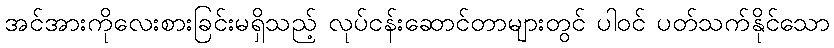
အင်အားကိုလေးစားခြင်းမရှိသည့် လုပ်ငန်းဆောင်တာများတွင် ပါဝင် ပတ်သက်နိုင်သော